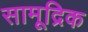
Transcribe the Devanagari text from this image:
सामूद्रिक